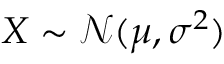
X \sim { \mathcal { N } } ( \mu , \sigma ^ { 2 } )